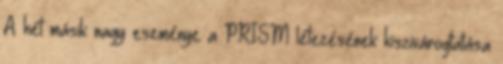
A hét másik nagy eseménye a PRISM létezésének kiszivárogtatása